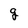
Character: g